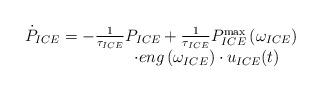
LaTeX: \begin{align*}\begin{array}{c}{{{\dot{P}}}_{ICE}}=-\frac{1}{{{\tau }_{ICE}}}{{P}_{ICE}}+\frac{1}{{{\tau }_{ICE}}}P_{ICE}^{\max }\left({{\omega }_{ICE}} \right) \\\ \ \ \ \ \ \ \ \ \ \ \ \ \ \ \ \ \cdot eng\left( {{\omega }_{ICE}} \right)\cdot {{u}_{ICE}}(t) \\\end{array}\end{align*}